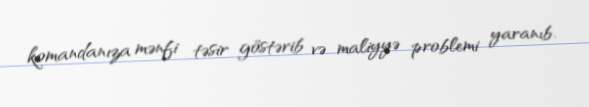
komandanıza mənfi təsir göstərib və maliyyə problemi yaranıb.